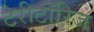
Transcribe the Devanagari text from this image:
टेरीटॉरिज